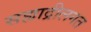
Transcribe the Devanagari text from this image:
सह्याद्रीलगत